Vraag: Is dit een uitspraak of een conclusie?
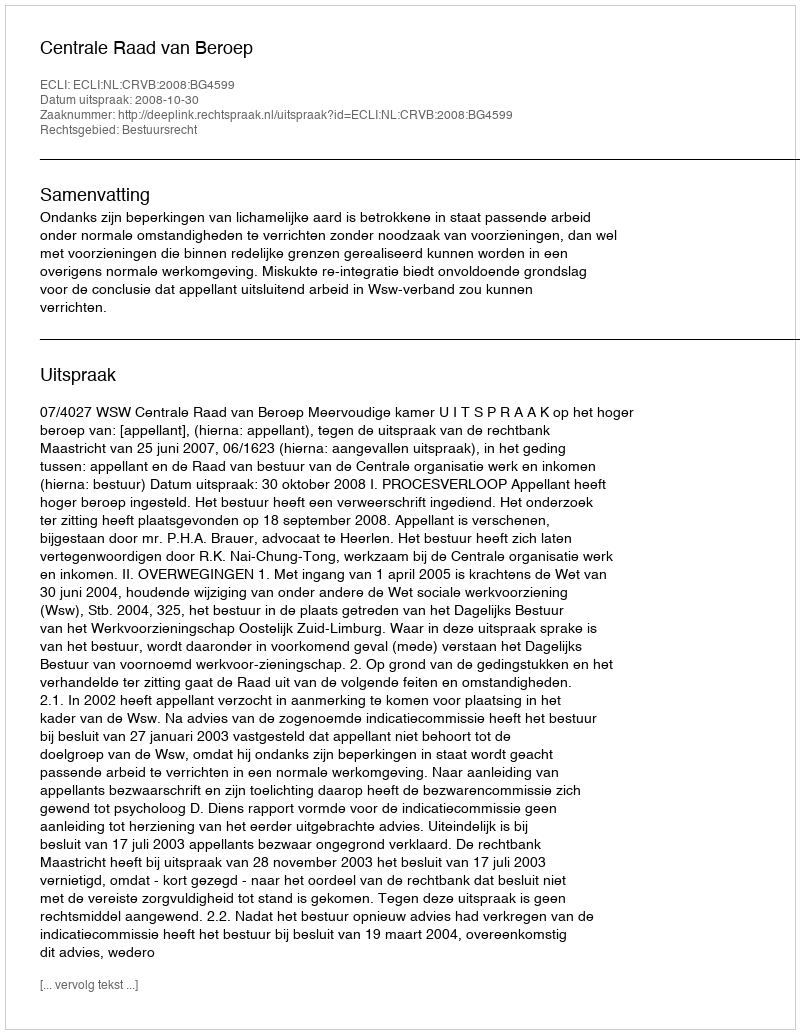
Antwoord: Uitspraak